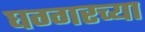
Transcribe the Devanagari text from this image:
घग्गरच्या